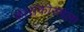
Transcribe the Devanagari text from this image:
काराकोरमला